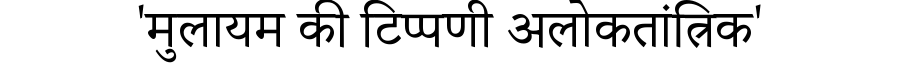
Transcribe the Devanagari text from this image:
'मुलायम की टिप्पणी अलोकतांत्रिक'